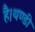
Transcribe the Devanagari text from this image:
है।थण्डी